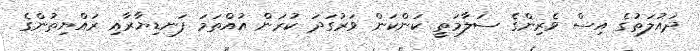
ދައުލަތުގެ އިސް ވެރިންގެ ސަލާމަތީ ކަންކަން ވަރުގަދަ ކުރަން އުއްތަމަ ފަނޑިޔާރާއި ރައްޔިތުންގެ